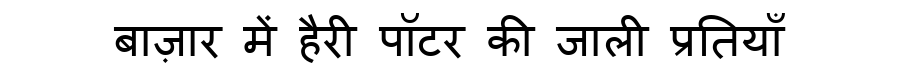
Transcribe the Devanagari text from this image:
बाज़ार में हैरी पॉटर की जाली प्रतियाँ